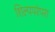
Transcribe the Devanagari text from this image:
शिल्पपरंपरा